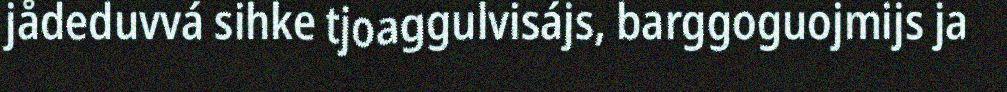
jådeduvvá sihke tjoaggulvisájs, barggoguojmijs ja